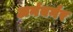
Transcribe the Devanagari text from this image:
अर्नबर्गर